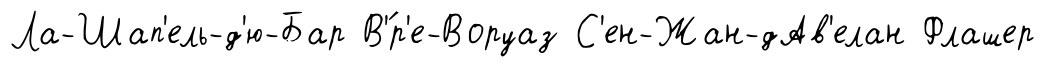
Ла-Шап'ель-д'ю-Бар В'́р'е-Воруаз С'ен-Жан-дАв'елан Флашер